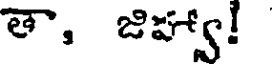
తా, జిహ్యా!